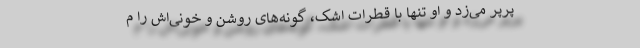
پَرپَر می‌زد و او تنها با قطرات اشک، گونه‌های روشن و خونی‌اش را م